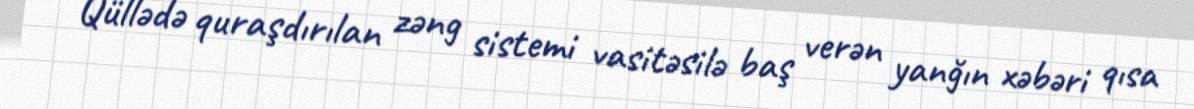
Qüllədə quraşdırılan zəng sistemi vasitəsilə baş verən yanğın xəbəri qısa